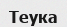
Теука